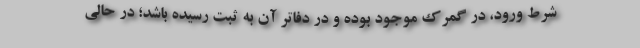
شرط ورود، در گمرک موجود بوده و در دفاتر آن به ثبت رسیده باشد؛ در حالی